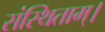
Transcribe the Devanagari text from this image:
संस्थिताम्‌।